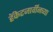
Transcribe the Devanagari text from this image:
हॅकेटजार्वींनच्या